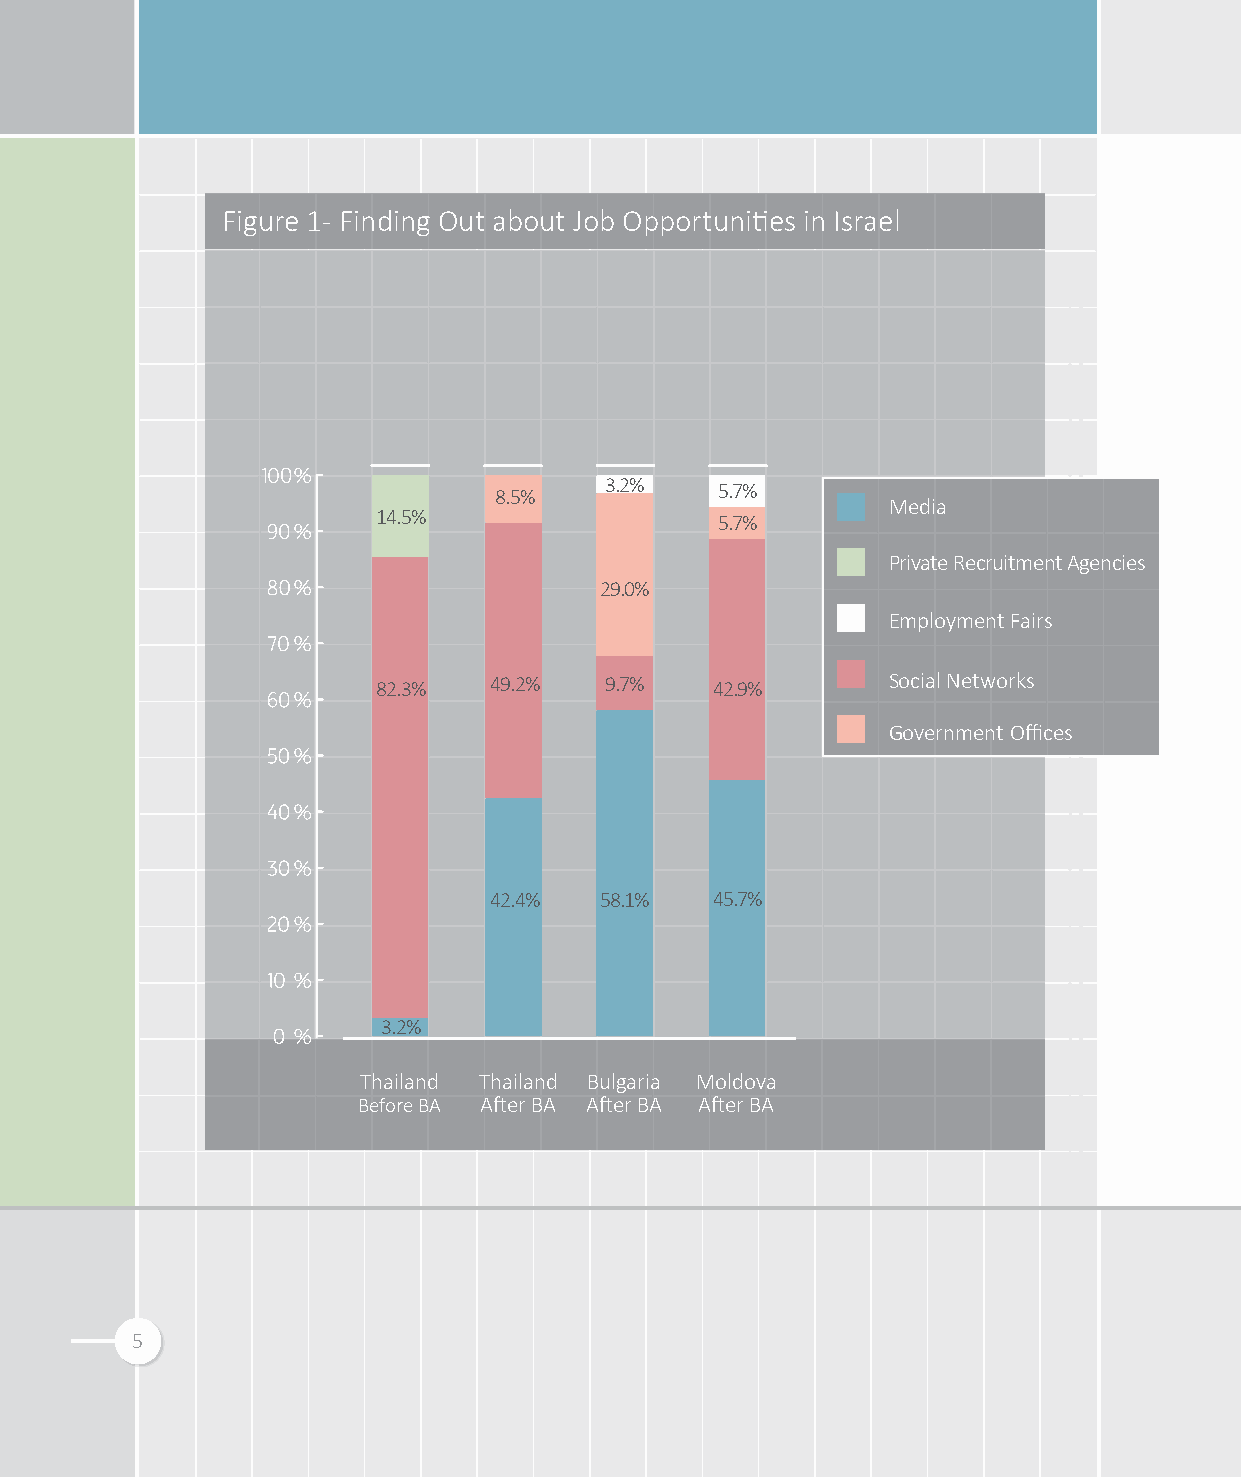
Figure 1- Finding Out about Job Opportunities in Israel
 3.2%
 8.5%           5.7%
 Media
 14.5%                  5.7%
 Private Recruitment Agencies
 29.0%
 Employment Fairs
 82.3%  49.2%   9.7%   42.9%       Social Networks
 Government Offices
 42.4%   58.1%  45.7%
 3.2%
 Thailand Thailand Bulgaria Moldova
 Before BA After BA After BA After BA
 5